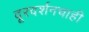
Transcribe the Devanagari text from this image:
दूरदर्शनचाही